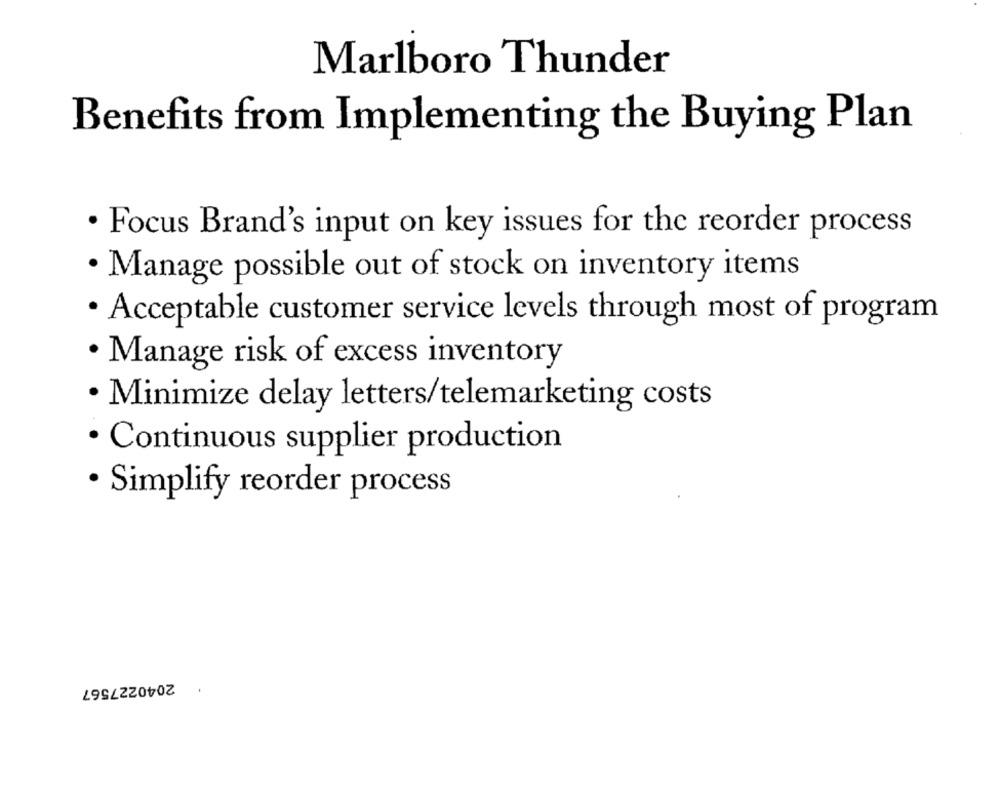
Marlboro Thunder
Benefits from Implementing the Buying Plan
. Focus Brand's input on key issues for the reorder process
· Manage possible out of stock on inventory items
· Acceptable customer service levels through most of program
· Manage risk of excess inventory
· Minimize delay letters/telemarketing costs
· Continuous supplier production
· Simplify reorder process
2040227567